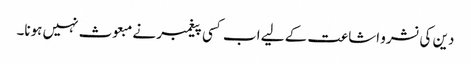
دین کی نشرو اشاعت کے لیے اب کسی پیغمبر نے مبعوث نہیں ہونا۔